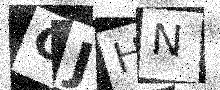
Text: GJHN